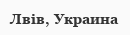
Лвів, Украина